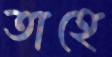
তাহে